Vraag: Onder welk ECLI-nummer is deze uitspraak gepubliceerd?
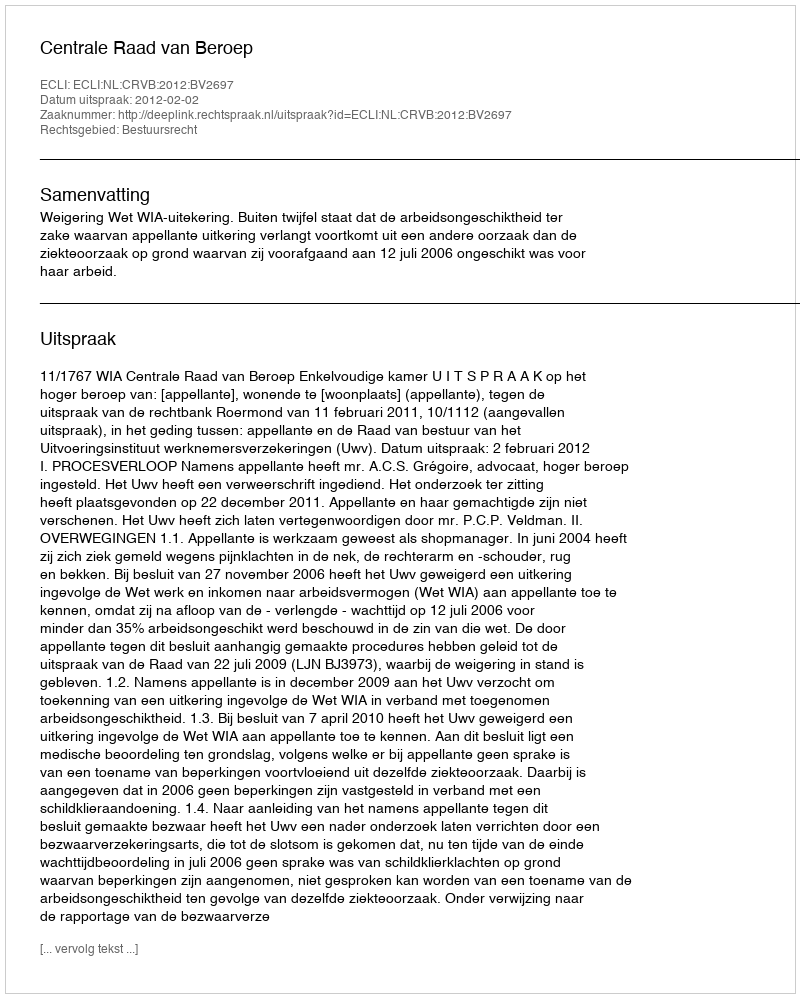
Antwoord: ECLI:NL:CRVB:2012:BV2697